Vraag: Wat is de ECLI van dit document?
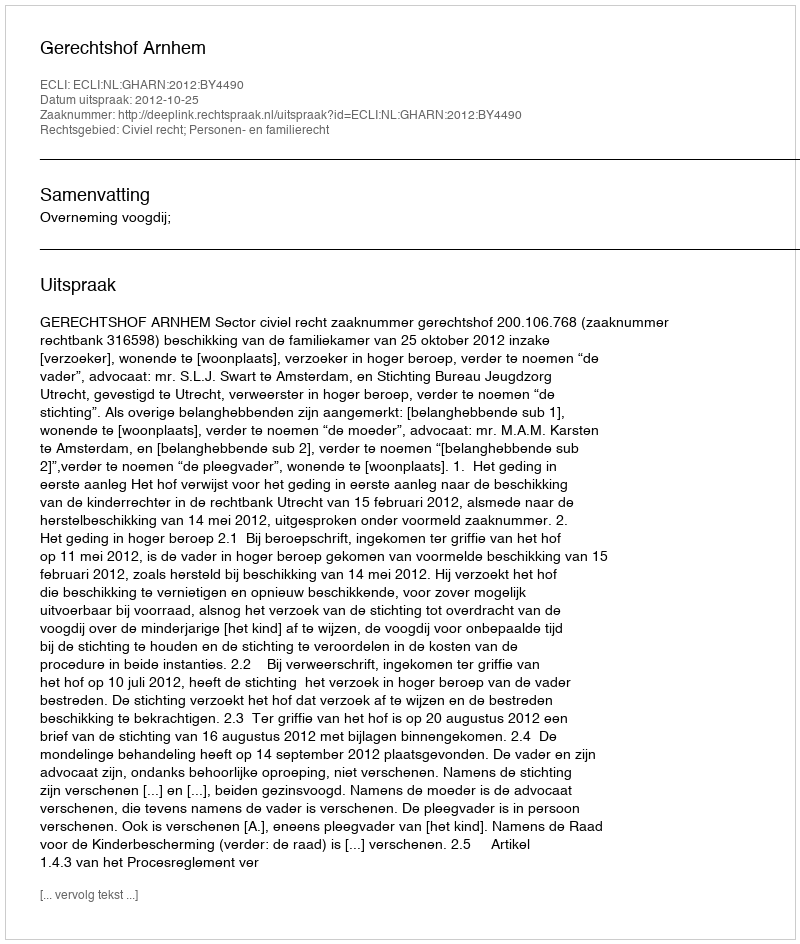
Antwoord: ECLI:NL:GHARN:2012:BY4490